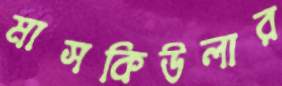
মাসকিউলার